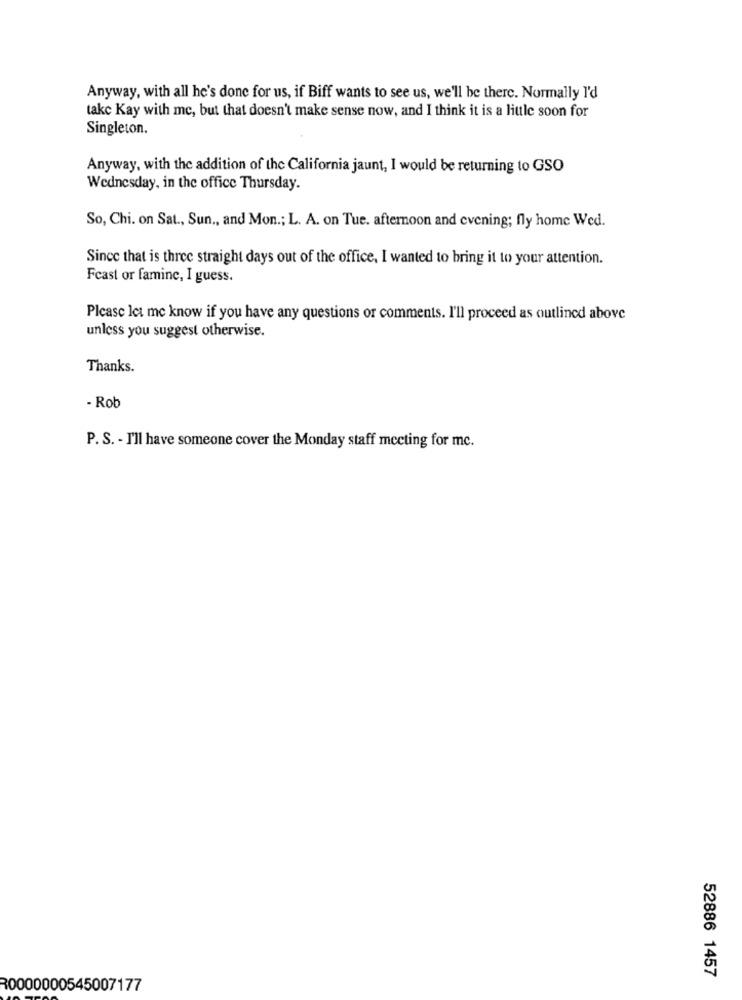
Anyway, with all he's done for us, if Biff wants to see us, we'll be there. Normally I'd
takc Kay with me, but that doesn't make sense now, and I think it is a little soon for
Singleton.
Anyway, with the addition of the California jaunt, I would be returning to GSO
Wednesday, in the office Thursday.
So, Chi. on Sat ., Sun ., and Mon .; L. A. on Tue. afternoon and evening; fly home Wed.
Since that is three straight days out of the office, I wanted to bring it to your attention.
Feast or famine, I guess.
Please let me know if you have any questions or comments. I'll proceed as outlined above
unless you suggest otherwise.
Thanks.
- Rob
P. S. - I'll have someone cover the Monday staff meeting for mc.
52886 1457
R0000000545007177